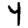
Digit: 4